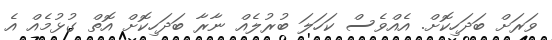
ވަރަށް ބަދަހިކޮށް. އެއްވެސް ކަހަލަ ބުރުލެއް ނާރާ ބަދަަހިކޮށް އޮތް ގުޅުމެއް އެ